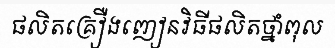
ផលិតគ្រឿងញៀនវិធីផលិតថ្នាំពុល